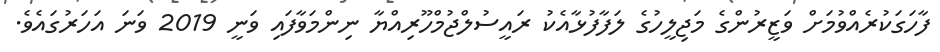
ފާހަގަކުރެއްވުމަށް ވަޒީރުންގެ މަޖިލީހުގެ ލަފާފުޅާއެކު ރައީސުލްޖުމްހޫރިއްޔާ ނިންމަވާފައި ވަނީ 2019 ވަނަ އަހަރުގައެވެ.